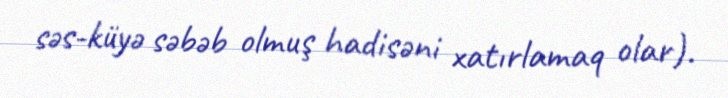
səs-küyə səbəb olmuş hadisəni xatırlamaq olar).